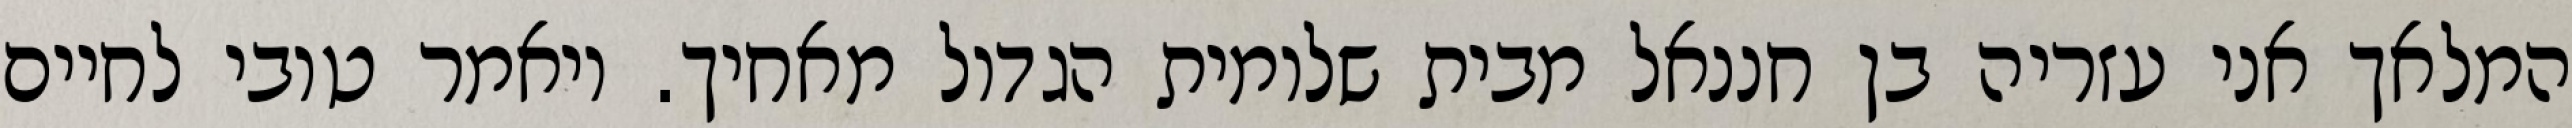
המלאך אני עזריה בן חננאל מבית שלומית הגדול מאחיך. ויאמר טובי לחיים